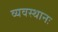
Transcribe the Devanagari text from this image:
व्यवस्थानः